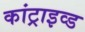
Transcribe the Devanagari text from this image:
कांट्राइव्ड